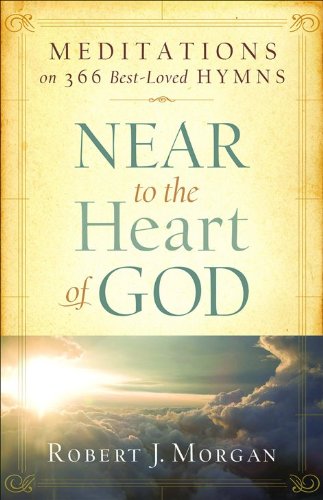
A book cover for Near to the Heart of God: Meditations on 366 Best-Loved Hymns; Robert J. Morgan; Christian Books & Bibles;